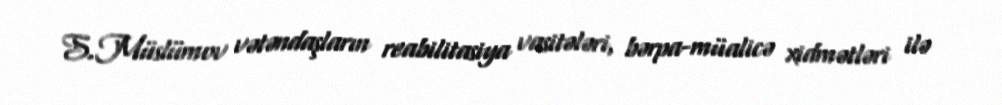
S.Müslümov vətəndaşların reabilitasiya vasitələri, bərpa-müalicə xidmətləri ilə